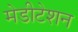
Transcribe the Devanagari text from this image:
मेडीटेशन